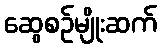
ဆွေစဉ်မျိုးဆက်